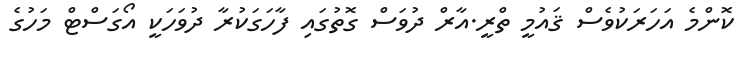
ކޮންމެ އަހަރަކުވެސް ޤައުމީ ތްރީ.އާރް ދުވަސް ގޮތުގައި ފާހަގަކުރާ ދުވަހަކީ އޯގަސްޓް މަހުގެ